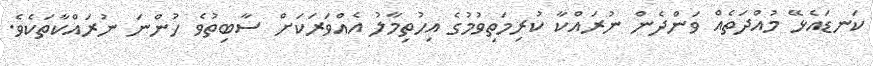
ކަނޑައެޅޭ މުއްދަތެއް ވަންދެން ނުރައްކާ ކުރިމަތިވުމުގެ އިހުތިމާލު އެއްވަރަކަށް ސާބިތުވެ ހުންނަ ނުރައްކާތަކެވެ.